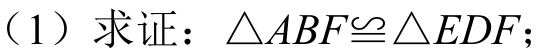
（1）求证：\(\triangle ABF\cong\triangle EDF\)；